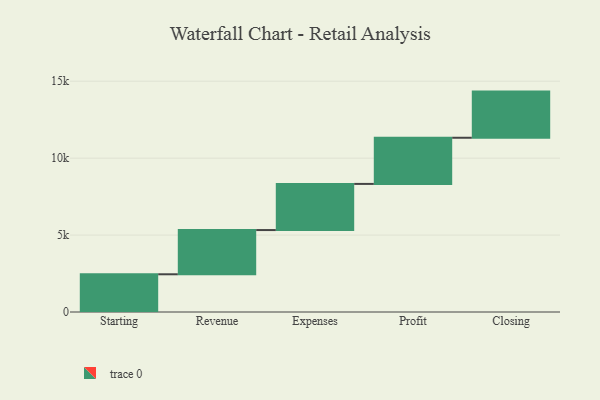
{"axis": {"x": "Step", "y": "Value"}, "legend": [""], "data": [{"x": "Starting", "y": 2452.0, "type": ""}, {"x": "Revenue", "y": 2874.0, "type": ""}, {"x": "Expenses", "y": 3000, "type": ""}, {"x": "Profit", "y": 3000, "type": ""}, {"x": "Closing", "y": 3000, "type": ""}]}